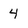
Character: 4